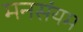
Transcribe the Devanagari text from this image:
मनसंयम